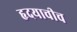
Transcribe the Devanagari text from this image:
हृदयाचीच